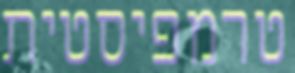
טרמפיסטית